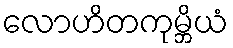
လောဟိတကုမ္ဘိယံ